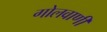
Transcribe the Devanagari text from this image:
गोलवाणी